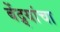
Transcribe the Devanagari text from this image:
बेंद्र्यांचा